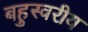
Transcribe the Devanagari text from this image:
बहुस्वरीय